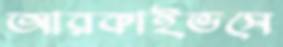
আরকাইভসে